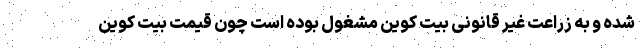
شده و به زراعت غیر قانونی بیت کوین مشغول بوده است چون قیمت بیت کوین